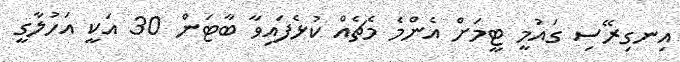
އިނގިރޭސި ގައުމީ ޓީމަށް އެންމެ މެޗެއް ކުޅެފައިވާ ބާޓަން 30 އަކީ އަހުލާގީ